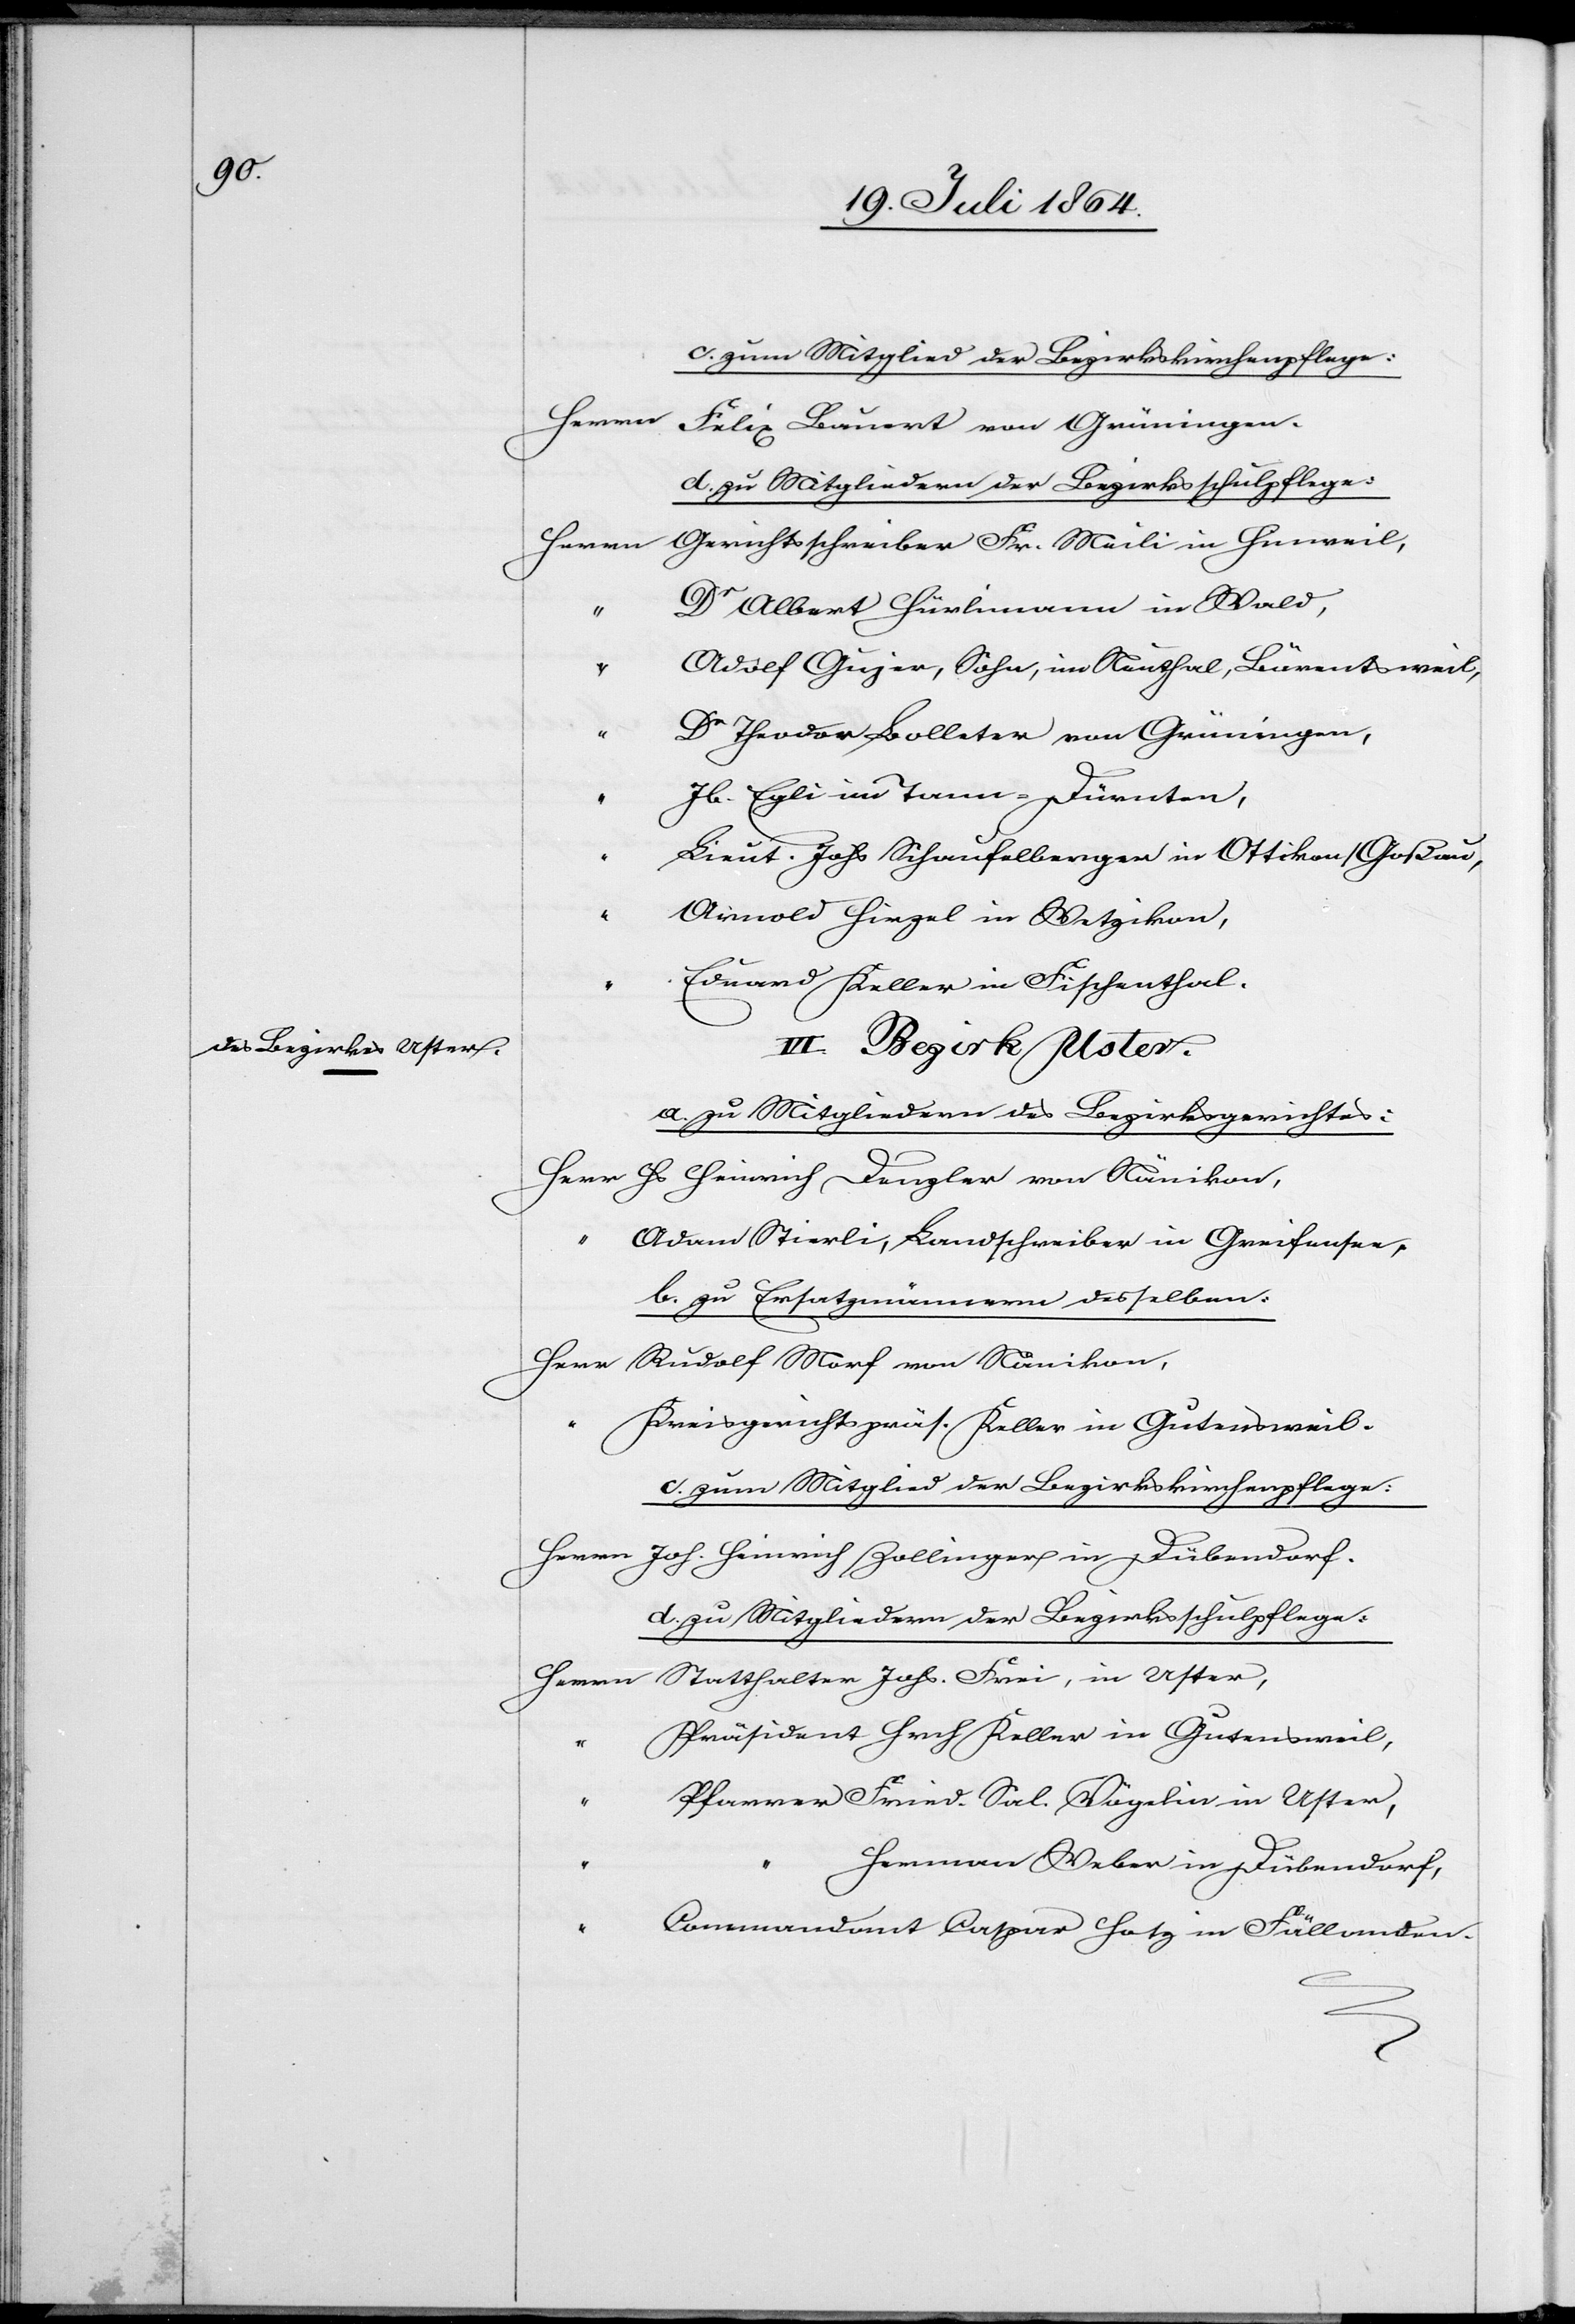
VI. Bezirk Uster:

c. zum Mitglied der Bezirkskirchenpflege:
Herrn	Felix Bauert von Grüningen.
d. zu Mitgliedern der Bezirksschulpflege:
n	Gerichtsschreiber Fr. Meili in Hinweil,
Herr	R¬
Albert Hürlimann in Wald,
“		Adolf Gujer, Sohn, im Neuthal, Bärentsweil,
“		Dr Theodor Bolleter von Grüningen,
“		Jb. Egli im Tann-Dürnten,
“		Lieut. Johs Schaufelberger in Ottikon/Goßau,
“		Arnold Hirzel in Wetzikon,
“		Eduard Keller in Fischenthal.
a. zu Mitgliedern des Bezirksgerichtes:
Herr	Hs Heinrich Denzler von Nänikon,
“		Adam Stierli, Landschreiber in Gutensweil.
b. zu Ersatzmännern desselben:
udolf Morf von Nänikon,
“		Kreisgerichtspräs. Keller in Gutensweil.
c. zum Mitglied der Bezirkskirchenpflege:
Herrn	Joh. Heinrich Zollinger in Dübendorf.
Herrn	Statthalter Johs. Frei, in Uster
“		Präsident Hrch Keller in Gutensweil,
“		Pfarrer Fried. Sal. Vögelin in Uster,
Herman Weber in Dübendorf,
“		Commandant Caspar Hotz in Fällanden.